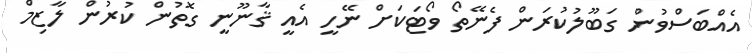
އެއްބަސްވުން ގަބޫލުކުރަން ފެނޭތޯ ވޯޓަކަށް ނޭހީ އެއީ ޤާނޫނީ ގޮތުން ކުރުން ލާޒިމް